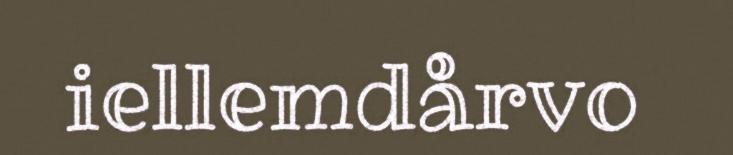
iellemdårvo